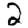
Digit: 2